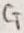
Text: CT